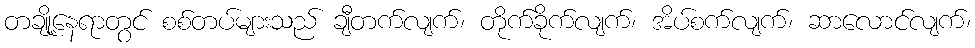
တချို့နေရာတွင် စစ်တပ်များသည် ချီတက်လျက်၊ တိုက်ခိုက်လျက်၊ အိပ်စက်လျက်၊ ဆာလောင်လျက်၊